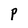
Character: P